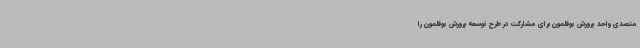
متصدی واحد پرورش بوقلمون برای مشارکت در طرح توسعه پرورش بوقلمون را